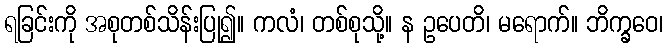
ရခြင်းကို အစုတစ်သိန်းပြု၍။ ကလံ၊ တစ်စုသို့။ န ဥပေတိ၊ မရောက်။ ဘိက္ခဝေ၊